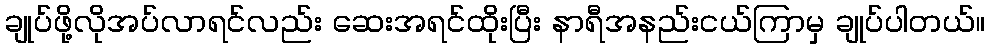
ချုပ်ဖို့လိုအပ်လာရင်လည်း ဆေးအရင်ထိုးပြီး နာရီအနည်းငယ်ကြာမှ ချုပ်ပါတယ်။